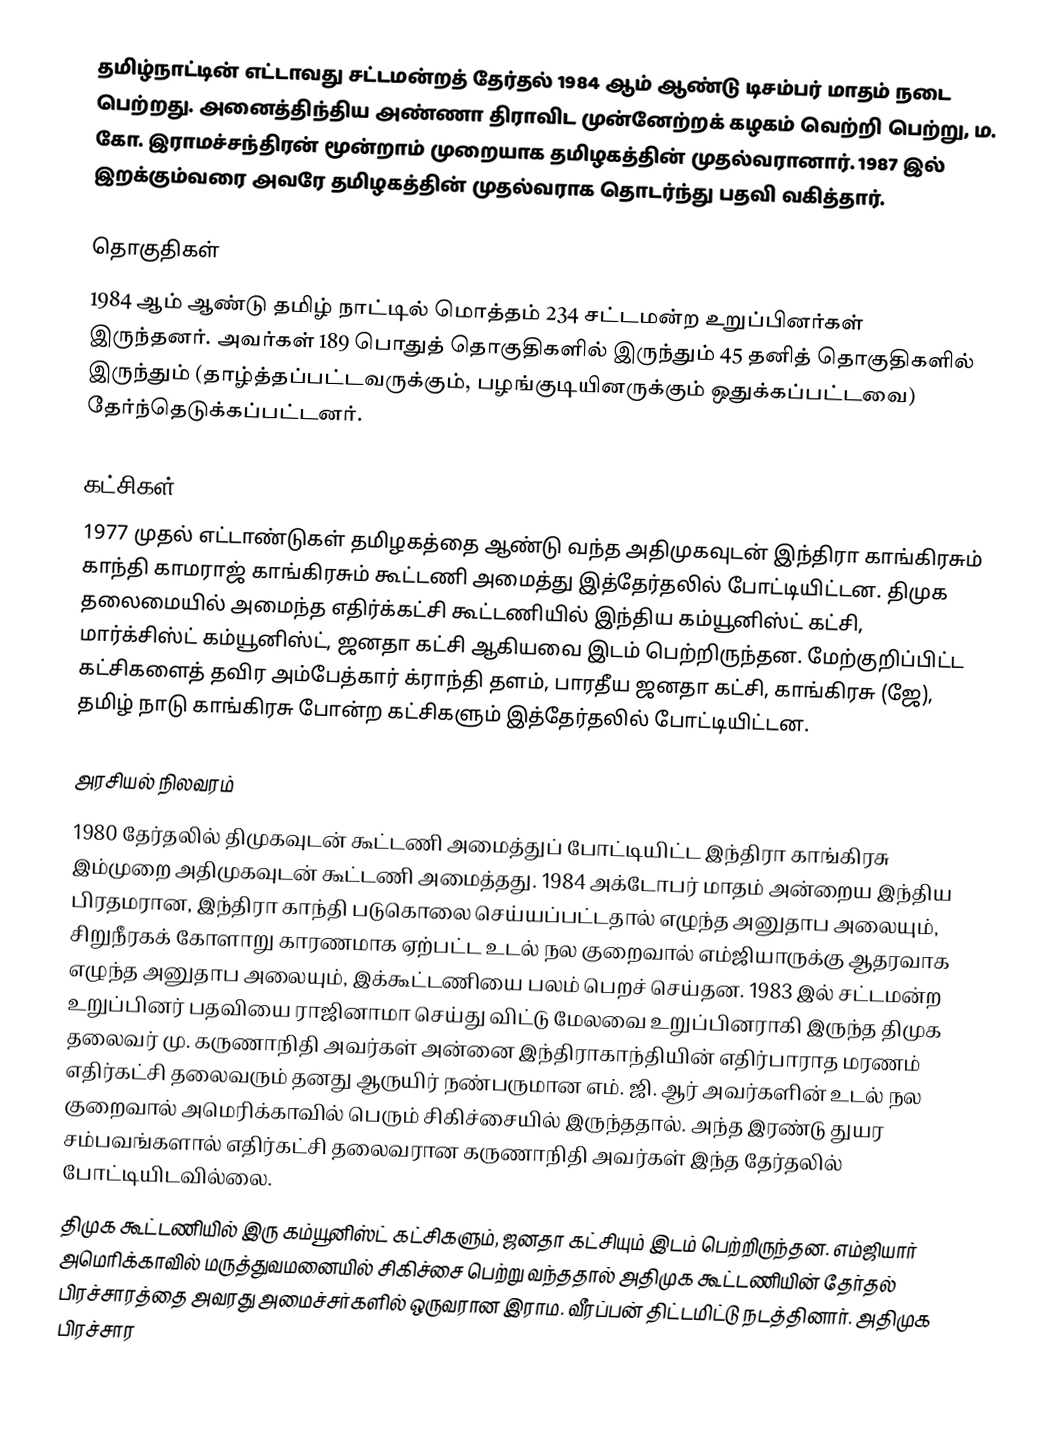
தமிழ்நாட்டின் எட்டாவது சட்டமன்றத் தேர்தல் 1984 ஆம் ஆண்டு டிசம்பர் மாதம் நடை பெற்றது. அனைத்திந்திய அண்ணா திராவிட முன்னேற்றக் கழகம் வெற்றி பெற்று, ம. கோ. இராமச்சந்திரன் மூன்றாம் முறையாக தமிழகத்தின் முதல்வரானார். 1987 இல் இறக்கும்வரை அவரே தமிழகத்தின் முதல்வராக தொடர்ந்து பதவி வகித்தார்.

தொகுதிகள்
1984 ஆம் ஆண்டு தமிழ் நாட்டில் மொத்தம் 234 சட்டமன்ற உறுப்பினர்கள் இருந்தனர். அவர்கள் 189  பொதுத் தொகுதிகளில் இருந்தும் 45 தனித் தொகுதிகளில் இருந்தும் (தாழ்த்தப்பட்டவருக்கும், பழங்குடியினருக்கும் ஒதுக்கப்பட்டவை) தேர்ந்தெடுக்கப்பட்டனர்.

கட்சிகள்
1977 முதல் எட்டாண்டுகள் தமிழகத்தை ஆண்டு வந்த அதிமுகவுடன் இந்திரா காங்கிரசும் காந்தி காமராஜ் காங்கிரசும் கூட்டணி அமைத்து இத்தேர்தலில் போட்டியிட்டன. திமுக தலைமையில் அமைந்த எதிர்க்கட்சி கூட்டணியில் இந்திய கம்யூனிஸ்ட் கட்சி, மார்க்சிஸ்ட் கம்யூனிஸ்ட், ஜனதா கட்சி ஆகியவை இடம் பெற்றிருந்தன. மேற்குறிப்பிட்ட கட்சிகளைத் தவிர அம்பேத்கார் க்ராந்தி தளம், பாரதீய ஜனதா கட்சி, காங்கிரசு (ஜே), தமிழ் நாடு காங்கிரசு போன்ற கட்சிகளும் இத்தேர்தலில் போட்டியிட்டன.

அரசியல் நிலவரம்
1980 தேர்தலில் திமுகவுடன் கூட்டணி அமைத்துப் போட்டியிட்ட இந்திரா காங்கிரசு இம்முறை அதிமுகவுடன் கூட்டணி அமைத்தது. 1984 அக்டோபர் மாதம் அன்றைய இந்திய பிரதமரான, இந்திரா காந்தி படுகொலை செய்யப்பட்டதால் எழுந்த அனுதாப அலையும், சிறுநீரகக் கோளாறு காரணமாக ஏற்பட்ட உடல் நல குறைவால் எம்ஜியாருக்கு ஆதரவாக எழுந்த அனுதாப அலையும், இக்கூட்டணியை பலம் பெறச் செய்தன. 1983 இல் சட்டமன்ற உறுப்பினர் பதவியை ராஜினாமா செய்து விட்டு மேலவை உறுப்பினராகி இருந்த திமுக தலைவர் மு. கருணாநிதி அவர்கள் அன்னை இந்திராகாந்தியின் எதிர்பாராத மரணம் எதிர்கட்சி தலைவரும் தனது ஆருயிர் நண்பருமான எம். ஜி. ஆர் அவர்களின் உடல் நல குறைவால் அமெரிக்காவில் பெரும் சிகிச்சையில் இருந்ததால். அந்த இரண்டு துயர சம்பவங்களால் எதிர்கட்சி தலைவரான கருணாநிதி அவர்கள் இந்த தேர்தலில் போட்டியிடவில்லை.
திமுக கூட்டணியில் இரு கம்யூனிஸ்ட் கட்சிகளும், ஜனதா கட்சியும் இடம் பெற்றிருந்தன. எம்ஜியார் அமெரிக்காவில் மருத்துவமனையில் சிகிச்சை பெற்று வந்ததால் அதிமுக கூட்டணியின் தேர்தல் பிரச்சாரத்தை அவரது அமைச்சர்களில் ஒருவரான இராம. வீரப்பன் திட்டமிட்டு நடத்தினார். அதிமுக பிரச்சார